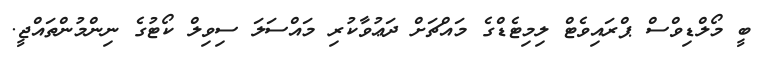
ބީ މޯލްޑިވްސް ޕްރައިވެޓް ލިމިޓެޑްގެ މައްޗަށް ދަޢުވާކުރި މައްސަލަ ސިވިލް ކޯޓުގެ ނިންމުންތައްޖީ.